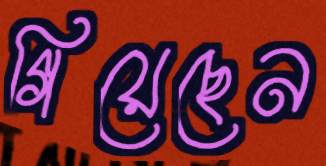
গিয়েছেন